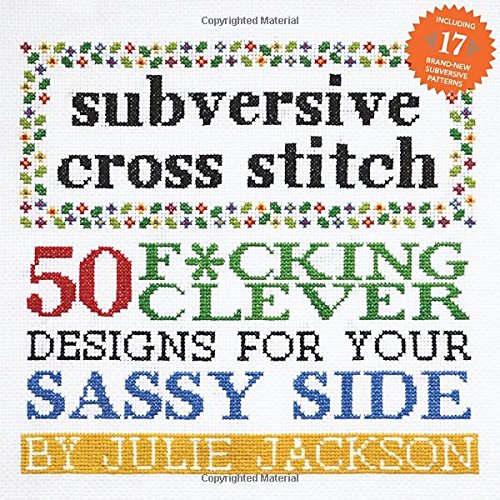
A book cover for Subversive Cross Stitch: 50 F*cking Clever Designs for Your Sassy Side; Julie Jackson; Crafts, Hobbies & Home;